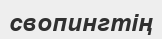
свопингтің